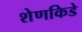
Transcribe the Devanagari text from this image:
शेणकिडे